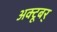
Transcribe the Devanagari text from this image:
अक्टूबर्